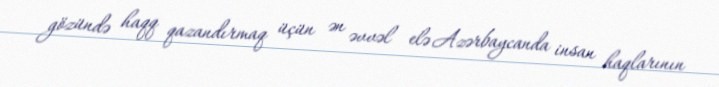
gözündə haqq qazandırmaq üçün ən əvvəl elə Azərbaycanda insan haqlarının